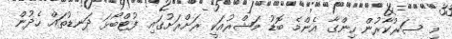
މި ސަރުކާރުން ހިންގާ އެންމެ ބޮޑު މަޝްރުއަކީ ރަށްރަށުގައި ފުޓްބޯޅަ ދަނޑުތައް ހެދުން